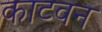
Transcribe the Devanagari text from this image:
काटवन